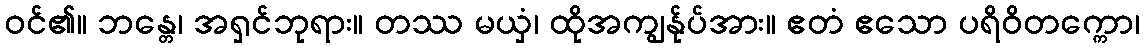
ဝင်၏။ ဘန္တေ၊ အရှင်ဘုရား။ တဿ မယှံ၊ ထိုအကျွန်ုပ်အား။ ဧတံ ဧသော ပရိဝိတက္ကော၊